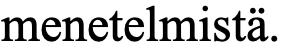
menetelmistä.